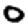
Digit: 0